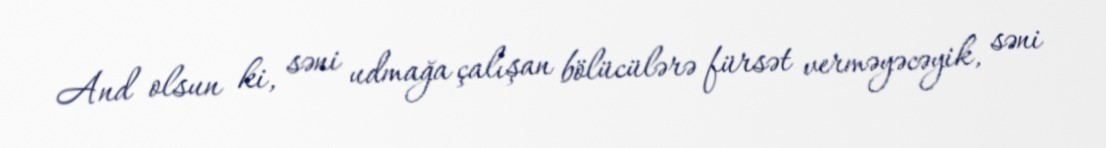
And olsun ki, səni udmağa çalışan bölücülərə fürsət verməyəcəyik, səni